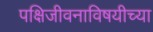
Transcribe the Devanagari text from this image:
पक्षिजीवनाविषयीच्या